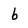
Character: b